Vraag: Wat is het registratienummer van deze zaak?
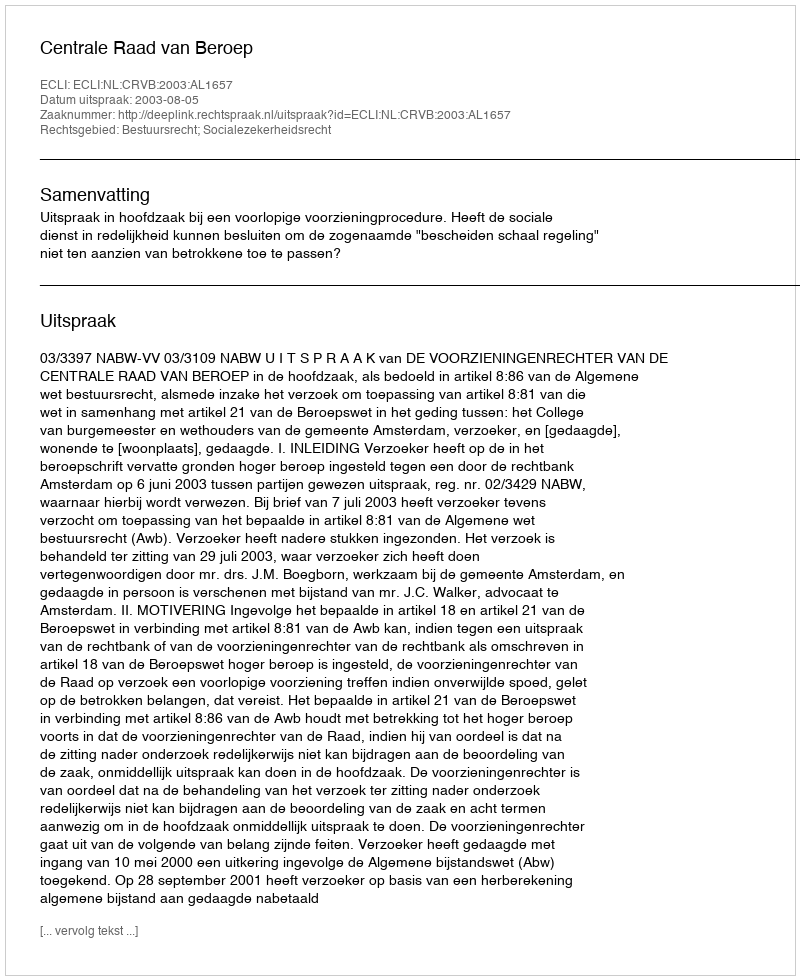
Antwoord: http://deeplink.rechtspraak.nl/uitspraak?id=ECLI:NL:CRVB:2003:AL1657